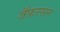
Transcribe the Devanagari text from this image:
जॅफ़रसन